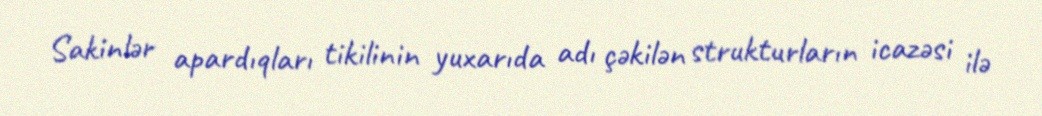
Sakinlər apardıqları tikilinin yuxarıda adı çəkilən strukturların icazəsi ilə